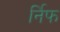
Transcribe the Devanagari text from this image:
र्निफ